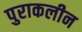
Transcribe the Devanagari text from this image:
पुराकलीन